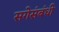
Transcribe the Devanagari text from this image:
सगेसंबंधी